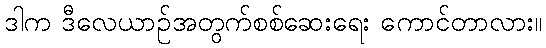
ဒါက ဒီလေယာဉ်အတွက်စစ်ဆေးရေး ကောင်တာလား။